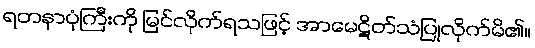
ရတနာပုံကြီးကို မြင်လိုက်ရသဖြင့် အာမေဋိတ်သံပြုလိုက်မိ၏။